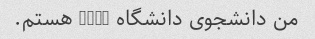
من دانشجوی دانشگاه Ucla هستم.